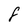
Character: 8